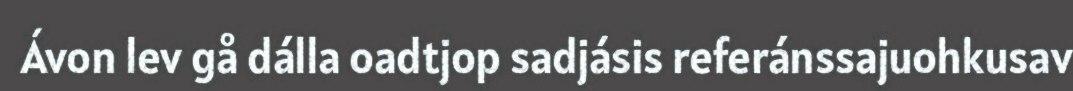
Ávon lev gå dálla oadtjop sadjásis referánssajuohkusav